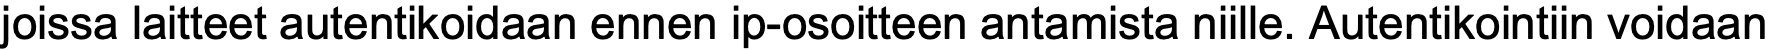
joissa laitteet autentikoidaan ennen ip-osoitteen antamista niille. Autentikointiin voidaan